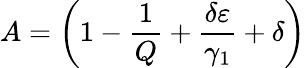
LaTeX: A=\left(1-\frac{1}{Q}+\frac{\delta\varepsilon}{\gamma_{1}}+\delta\right)